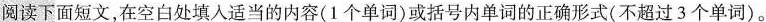
阅读下面短文,在空白处填入适当的内容(1个单词)或括号内单词的正确形式(不超过 3个单词)。